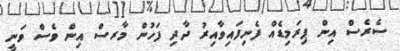
ސެރެސް އިން ޕިރަމިޑެއް ފެނިފައިވާއިރު ދާދި ފަހުން މާރސް އިން ވެސް ވަނީ